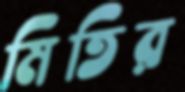
মিতির